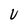
Character: U